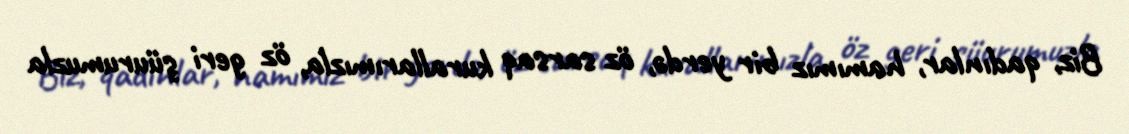
Biz, qadınlar, hamımız bir yerdə, öz sarsaq kurallarımızla, öz geri şüurumuzla